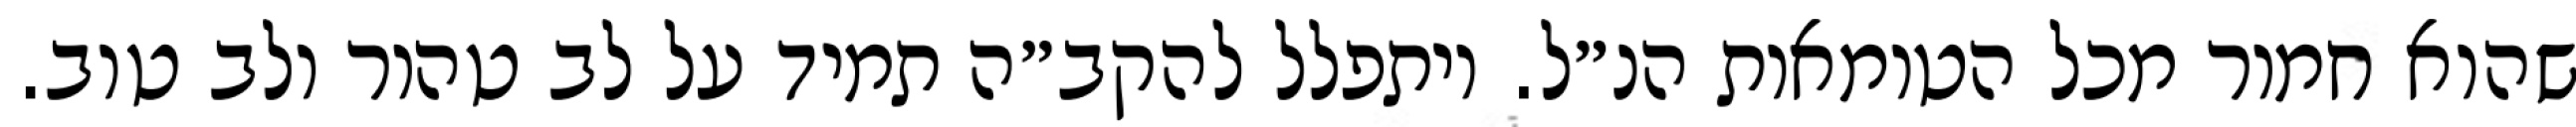
שהוא חמור מכל הטומאות הנ״ל. ויתפלל להקב״ה תמיד על לב טהור ולב טוב.